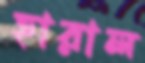
হারাল